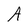
Character: A